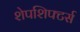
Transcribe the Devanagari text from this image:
शेपशिफ्टर्स